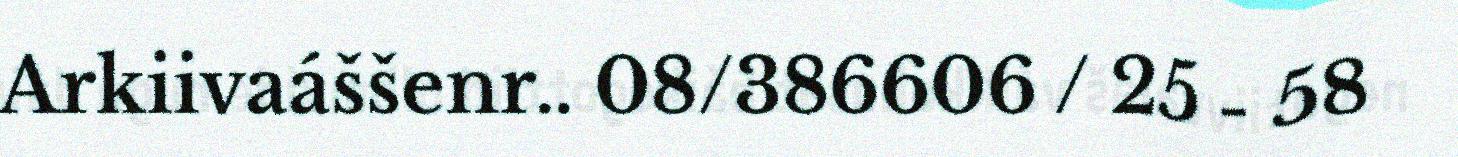
Arkiivaáššenr.. 08/386606 / 25 - 58